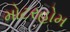
મોટરહોમ